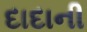
દાદાની